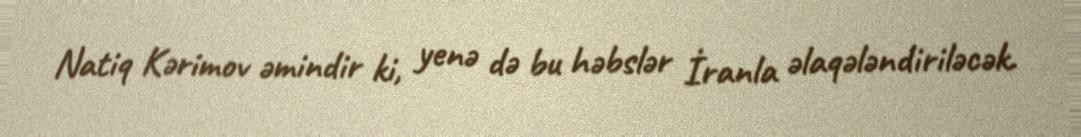
Natiq Kərimov əmindir ki, yenə də bu həbslər İranla əlaqələndiriləcək.